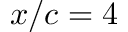
x / c = 4